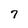
Character: 7